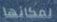
لمكانها